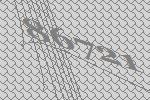
86721